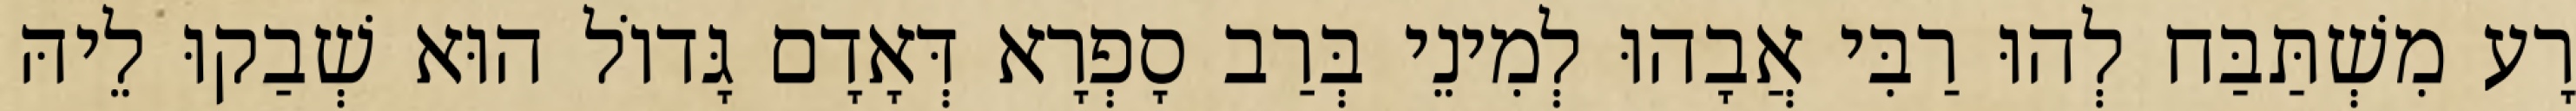
רָע מִשְׁתַּבַּח לְהוּ רַבִּי אֲבָהוּ לְמִינֵי בְּרַב סָפְרָא דְּאָדָם גָּדוֹל הוּא שְׁבַקוּ לֵיהּ